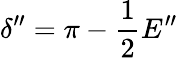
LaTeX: \delta^{\prime\prime}=\pi-\frac{1}{2}E^{\prime\prime}